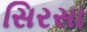
સિરસા